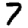
Digit: 7